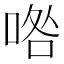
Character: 𠴰